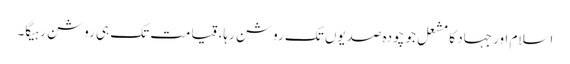
اسلام اور جہاد کا مشعل جو چودہ صدیوں تک روشن رہا، قیامت تک ہی روشن رہیگا۔